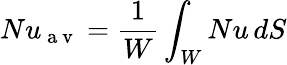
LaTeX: Nu_{\mathrm{~a~v~}}=\frac{1}{W}\int_{W}Nu\, dS